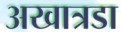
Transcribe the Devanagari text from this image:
अखात्रडा